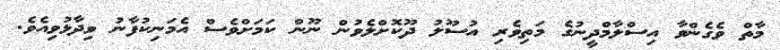
މާތް ވެގެންވާ އިސްލާމްދީނުގެ މަތިވެރި އުސޫލު ދޫކޮށްލެވުން ނޫން ކަމަށްވެސް އެމަނިކުފާނު ވިދާޅުވިއެވެ.